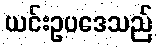
ယင်းဥပဒေသည်